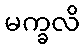
မက္ခလိ